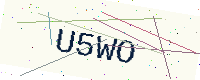
Text: U5WO